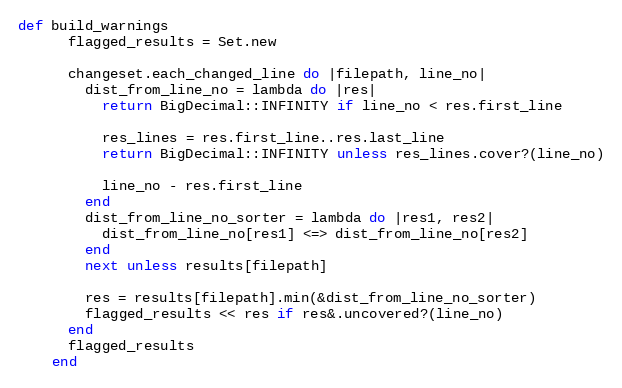
Language: Ruby
def build_warnings
      flagged_results = Set.new

      changeset.each_changed_line do |filepath, line_no|
        dist_from_line_no = lambda do |res|
          return BigDecimal::INFINITY if line_no < res.first_line

          res_lines = res.first_line..res.last_line
          return BigDecimal::INFINITY unless res_lines.cover?(line_no)

          line_no - res.first_line
        end
        dist_from_line_no_sorter = lambda do |res1, res2|
          dist_from_line_no[res1] <=> dist_from_line_no[res2]
        end
        next unless results[filepath]

        res = results[filepath].min(&dist_from_line_no_sorter)
        flagged_results << res if res&.uncovered?(line_no)
      end
      flagged_results
    end